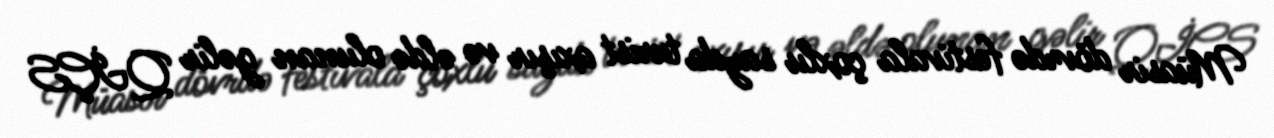
Müasir dövrdə festivala çoxlu sayda turist axışır və əldə olunan gəlir QİÇS